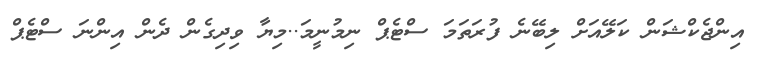
އިންޖެކްޝަން ކަލޭއަށް ލިބޭނެ ފުރަތަމަ ސްޓެޕް ނިމުނީމަ..މިޔާ ވިދިގެން ދެން އިންނަ ސްޓެޕް